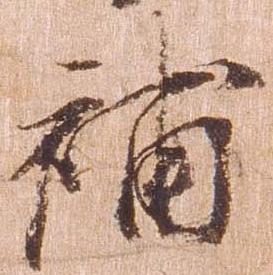
補